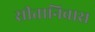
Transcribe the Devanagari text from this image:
सीतानिवास